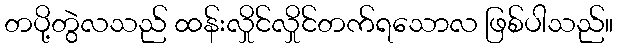
တပို့တွဲလသည် ထန်းလှိုင်လှိုင်တက်ရသောလ ဖြစ်ပါသည်။